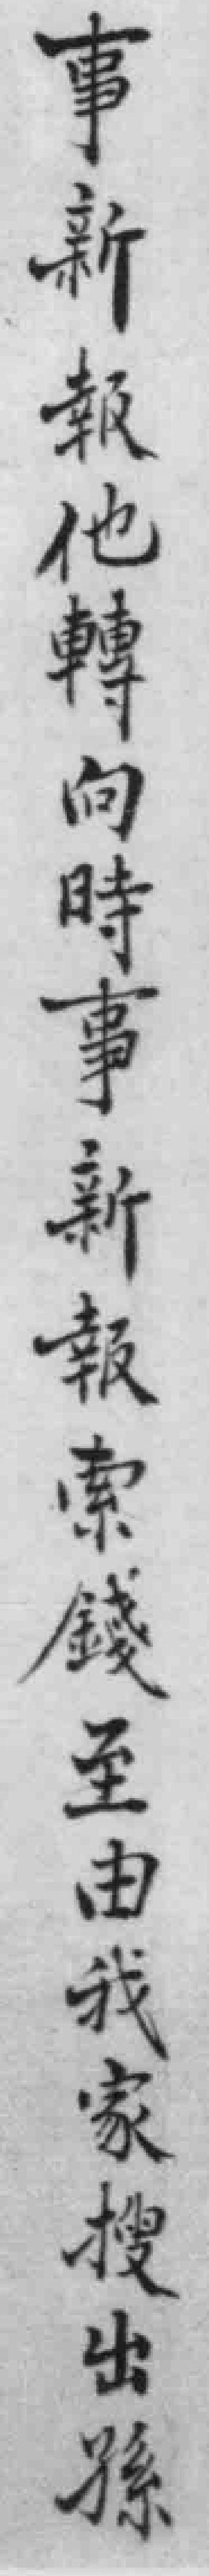
事新報他轉向時事新報索錢至由我家搜出孫